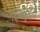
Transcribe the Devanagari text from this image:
गर्भहृदय